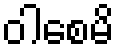
ဝါစေမိ